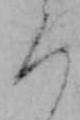
ろ